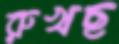
রুখছ